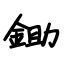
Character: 锄